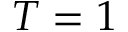
T = 1